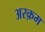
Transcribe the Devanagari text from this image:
अरक़म